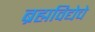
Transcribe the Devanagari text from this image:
ब्रह्मविद्येचे